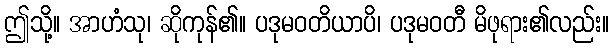
ဤသို့။ အာဟံသု၊ ဆိုကုန်၏။ ပဒုမဝတိယာပိ၊ ပဒုမဝတီ မိဖုရား၏လည်း။